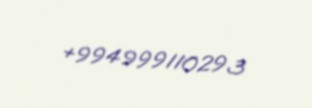
+994999110293